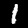
Label: 1